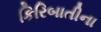
કિરિબાતીના